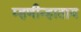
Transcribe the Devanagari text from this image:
म्हणीन्हाताय